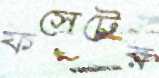
ফসেটের